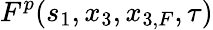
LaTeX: F^{p}(s_{1},x_{3},x_{3,F},\tau)